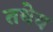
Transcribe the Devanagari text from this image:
तथेय